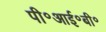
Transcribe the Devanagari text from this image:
पी॰आई॰बी॰